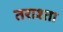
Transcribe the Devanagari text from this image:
तराश्ता